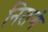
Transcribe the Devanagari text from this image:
निराणं